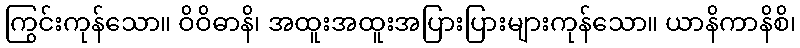
ကြွင်းကုန်သော။ ဝိဝိဓာနိ၊ အထူးအထူးအပြားပြားများကုန်သော။ ယာနိကာနိစိ၊